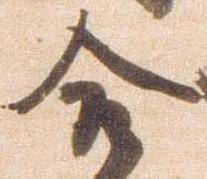
合